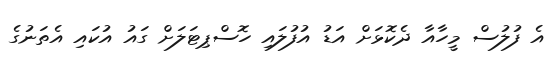
އެ ފުލުސް މީހާއާ ދެކޮޅަށް އަޑު އުފުލައި ހޮސްޕިޓަލަށް ގައު އުކައި އެތަނުގެ